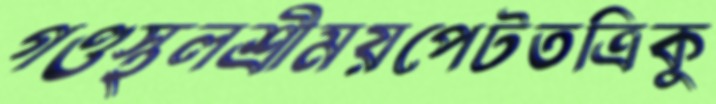
গণ্ডস্থলশ্রীময়পেটতত্রিকু